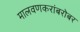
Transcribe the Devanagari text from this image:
मालवणकरांबरोबर